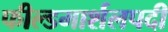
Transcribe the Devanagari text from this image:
फील्डमार्शलपदी